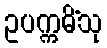
ဥပက္ကမိံသု